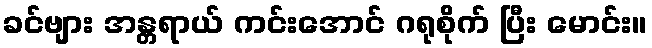
ခင်ဗျား အန္တရာယ် ကင်းအောင် ဂရုစိုက် ပြီး မောင်း။